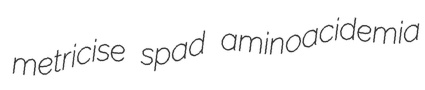
metricise spad aminoacidemia